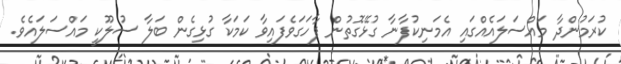
ކުރަމުންދާ މައްސަލައެއްގައި އެމަނިކުފާނާ ގުޅޭގޮތުން ފާހަގަވެފައިވާ ކަމަކާ ގުޅިގެން ބަލާ ސުލޫކީ މައްސަލައެވެ.